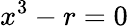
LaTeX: x^{3}-r=0